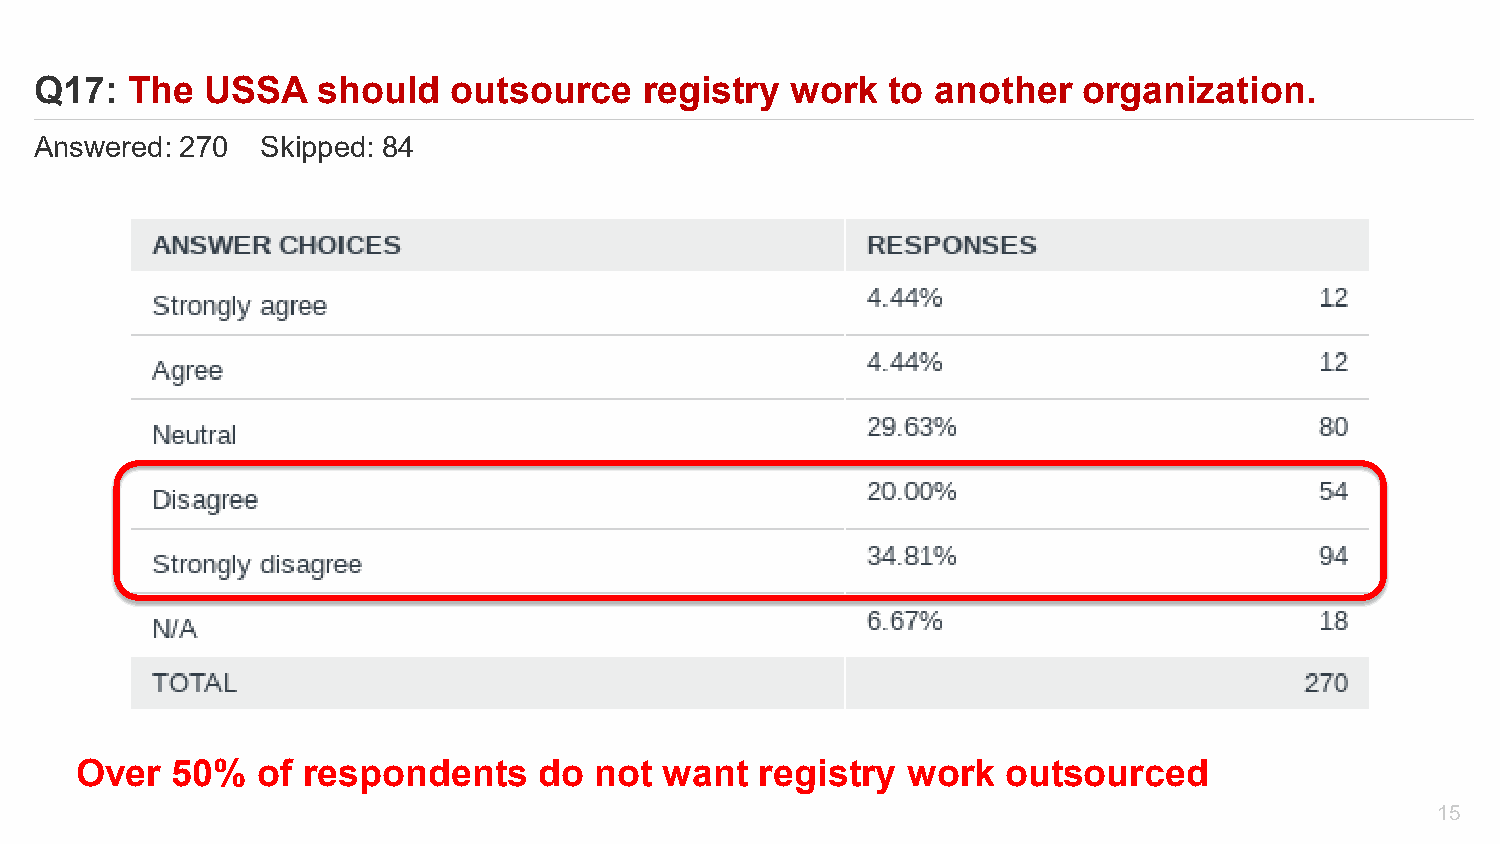
Q17:  The   USSA   should   outsource    registry work   to another   organization.
 Answered: 270  Skipped: 84
 Over  50%   of respondents     do not  want  registry  work   outsourced
 15
 Powered by